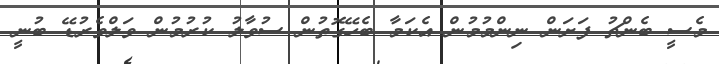
މެސީ ބެންޗު ފަށަން ނިންމުމުން އެކަމާ ބެހޭގޮތުން ސުވާލު ކުރުމުން ވަލްވެރުޑޭ ބުނީ